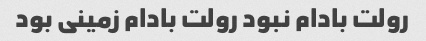
رولت بادام نبود رولت بادام زمینی بود